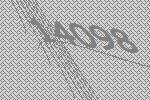
14098